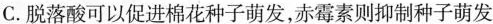
C.脱落酸可以促进棉花种子萌发，赤霉素则抑制种子萌发